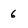
Character: 6